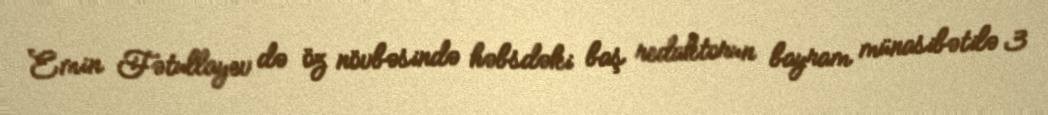
Emin Fətullayev də öz növbəsində həbsdəki baş redaktorun bayram münasibətilə 3